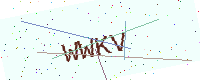
Text: WWKV